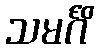
သမင်္ဂိ